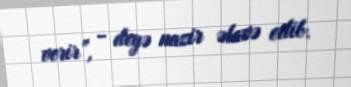
verir”, - deyə nazir əlavə edib.